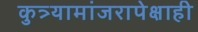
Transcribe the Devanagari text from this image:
कुत्र्यामांजरापेक्षाही